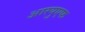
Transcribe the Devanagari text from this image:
आरयुएफ